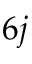
6 j